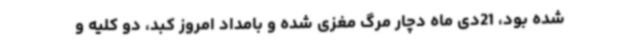
شده بود، 21دی ماه دچار مرگ مغزی شده و بامداد امروز کبد، دو کلیه و